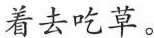
着去吃草。